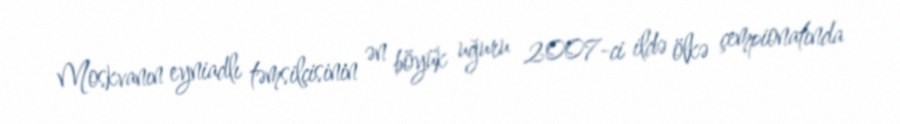
Moskvanın eyniadlı təmsilçisinin ən böyük uğuru 2007-ci ildə ölkə çempionatında